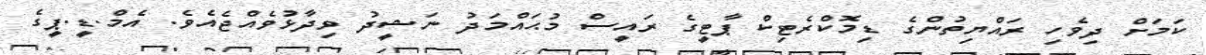
ކަމަށް ދިވެހި ރައްޔިތުންގެ ޑިމޮކްރެޓިކް ޕާޓީގެ ރައީސް މުޙައްމަދު ނަޝީދު ވިދާޅުވެއްޖެއެވެ. އެމް.ޑީ.ޕީގެ